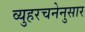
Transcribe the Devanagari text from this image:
व्युहरचनेनुसार